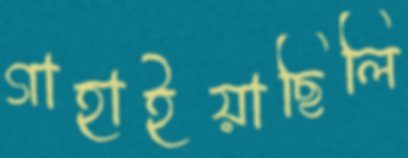
গাহাইয়াছিলি